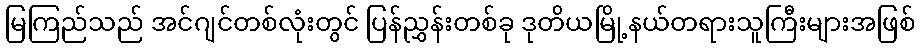
မြကြည်သည် အင်ဂျင်တစ်လုံးတွင် ပြန်ညွှန်းတစ်ခု ဒုတိယမြို့နယ်တရားသူကြီးများအဖြစ်